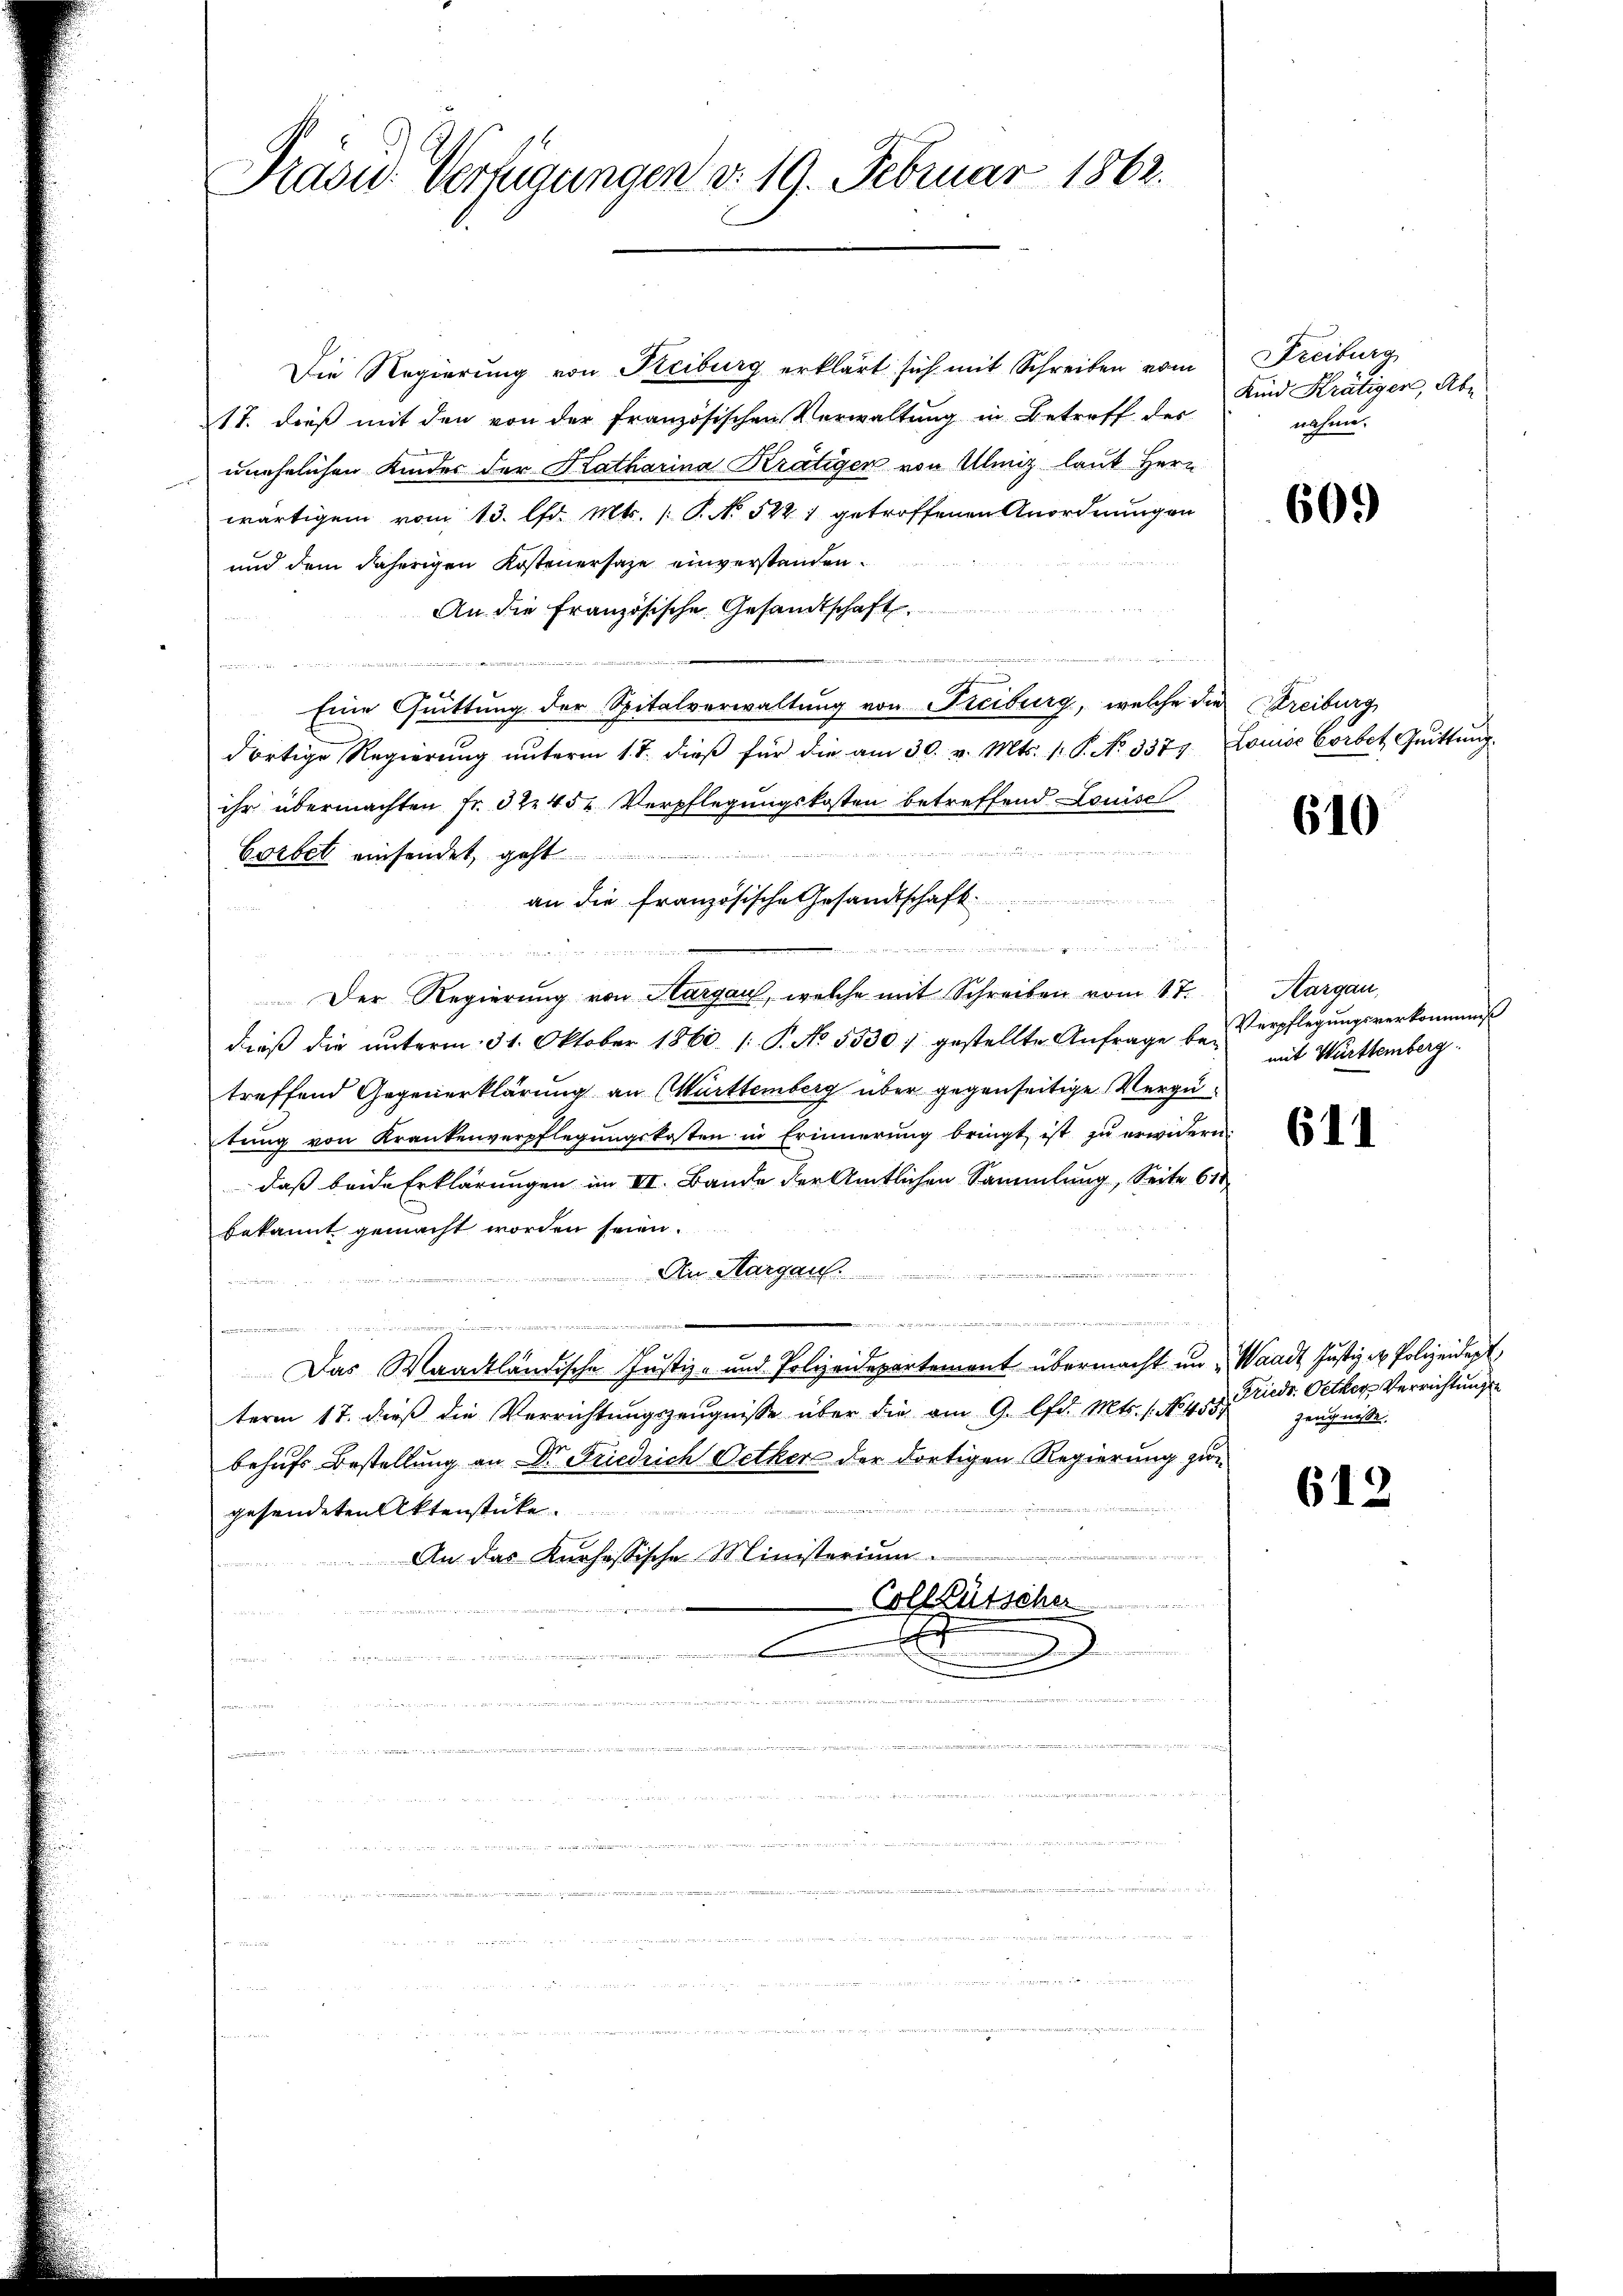
Prasid. Verzigungen d. 19. Februar 1862.

Die Regierung von Steiburg erklärt sich mit Schreiben vom
17. dieß mit den von der Französischen Verwaltung in Betreff des
unehelichen Kinder der Katharina Krätigen von Ulmig laut Herr
wärtigem vom 13. lfd. Mts. (T. No 522 1 getroffenen Anordnungen
und dem daherigen Kostenersage einverstanden.
An die Französische Gesandtschaft.
n
Eine Quittung der Spitalverwaltung von Freiburg, welche die Streiburg
dortige Regierŭng ŭnterm 1. T. dieβ für die am 30. v. Mts. 1. S. No 3379. Louise Corbet Grittŭng.
ihr übermachten Fr. 32. 45. Verpflegungskosten betreffend Louise
Corbet einsendet, geht
an die französische Gesandtschaft
u

Der Regierung von Margau, welche mit Schreiben vom 17.
dieß die ŭnterm 31. Oktober 1860. 1. P. No. 5530) gestellte Anfrage be- Verpflegŭngsverkommiss
treffend Gegenerklärung an Murttemberg über gegenseitige Vergütung von Krankenverpflegungskosten in Erinnerung bringt ist zu erwidern.
daß beide Erklärungen im VI. Bande der Amtlichen Sammlung, Seite 61
bekannt gemacht worden seien.
An Margau.

e
d

tcommenen
E
Das Waadtländische Justiz- und Polizeidepartement übermacht in Waadt Justiz u. Polizeidept
term 17. dieß die Verrichtungszeugnisse über die am 9. lfd. Mts. 1. No. 455.
behufs Bestellung an Dr. Friedrich Oetkers der dortigen Regierung zur
gesendeten Aktenstücke

An das Kurhössische Ministerium.

Colltütscher
x
 1
e

een erster die ich sehe ich das
d

Freiburg
Kind Krätiger, Abe
nahme,

60.)

610

Aargau,
mit Württemberg

611

Friedr. Oetker Verrichtungen
Zeugnisse

612